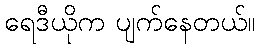
ရေဒီယိုက ပျက်နေတယ်။